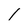
Character: 1